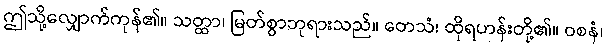
ဤသို့လျှောက်ကုန်၏။ သတ္ထာ၊ မြတ်စွာဘုရားသည်။ တေသံ၊ ထိုရဟန်းတို့၏။ ဝစနံ၊